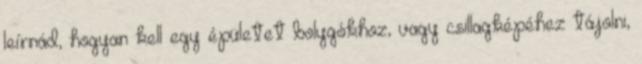
leírnád, hogyan kell egy épületet bolygókhoz, vagy csillagképéhez tájolni,